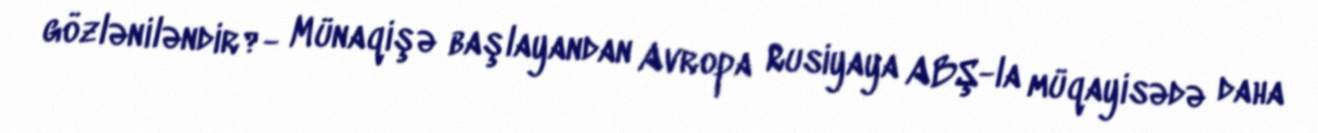
gözləniləndir?- Münaqişə başlayandan Avropa Rusiyaya ABŞ-la müqayisədə daha